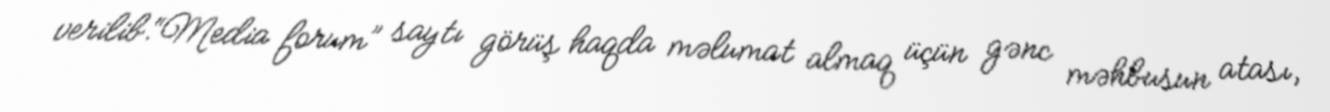
verilib.“Media forum” saytı görüş haqda məlumat almaq üçün gənc məhbusun atası,